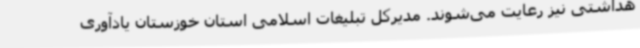
هداشتی نیز رعایت می‌شوند. مدیرکل تبلیغات اسلامی استان خوزستان یادآوری